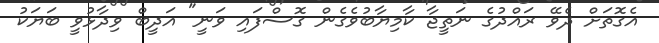
އެގޮތަށް ދެވޭ ރައްދުގެ ނަތީޖާ ކާމިޔާބުވެގެން ގޮސްފައި ވަނީ" އަދީބް ވިދާޅުވީ ބަޔަކު